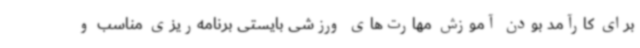
برای کارآمد بودن آموزش‌ مهارت‌های ورزشی بایستی برنامه‌ریزی مناسب و